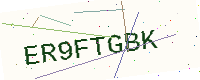
Text: ER9FTGBK